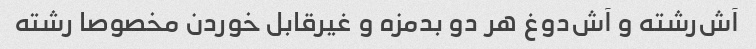
آش‌رشته و آش‌دوغ هر دو بدمزه و غیرقابل خوردن مخصوصا رشته